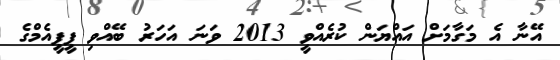
އޭނާ އެ މަގާމަށް އައްޔަން ކުރެއްވީ 2013 ވަނަ އަހަރު ބޭއްވި ޕީޕީއެމްގެ